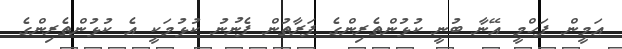
އަމީން ފަހްމީ އޭނާ ބުނީ ކުޅުންތެރިންގެ ފަރާތުން ފެނުނު ކުޅުމަކީ އެ ކުޅުންތެރިންގެ